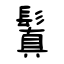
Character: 鬒